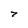
Character: 7